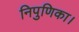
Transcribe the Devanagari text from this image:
निपुणिका।